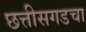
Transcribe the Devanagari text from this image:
छत्तीसगडचा